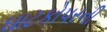
ઘાટકોપરની